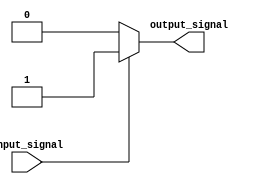
module voltage_level_shifter (
    input wire input_signal,
    output wire output_signal
);

// Detect input voltage level
assign output_signal = (input_signal == 1'b0) ? 1'b0 : 1'b1; // Translate input voltage level to desired output voltage level

endmodule